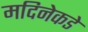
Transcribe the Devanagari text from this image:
मदिनेकडे